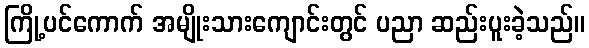
ကြို့ပင်ကောက် အမျိုးသားကျောင်းတွင် ပညာ ဆည်းပူးခဲ့သည်။